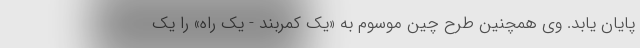
پایان یابد. وی همچنین طرح چین موسوم به «یک کمربند - یک راه» را یک